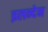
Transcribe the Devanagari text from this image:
इलन्देन